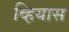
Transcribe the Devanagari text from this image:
व्हियास